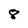
Character: 8